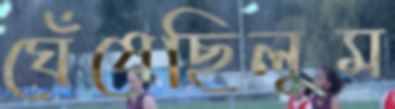
ঘেঁষেছিলুম